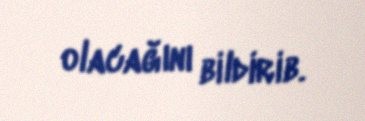
olacağını bildirib.